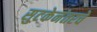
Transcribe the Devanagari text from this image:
सुटकेनंतरचे